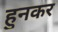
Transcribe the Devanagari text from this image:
हुनकर